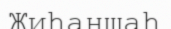
Жиһаншаһ